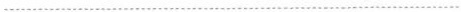
................................................................................